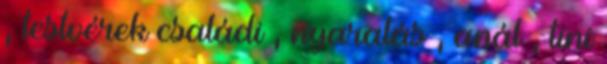
, testvérek családi , nyaralás , anál , tini